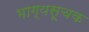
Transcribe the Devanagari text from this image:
भाग्यसूचक